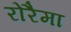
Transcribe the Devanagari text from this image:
रोरैमा